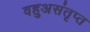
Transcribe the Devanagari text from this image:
वहुअसंतृप्त